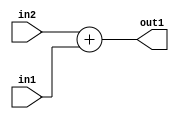
`timescale 1ps / 1ps
/*****************************************************************************
    Verilog RTL Description
    
    
    Created by: Stratus DpOpt 2019.1.01 
*******************************************************************************/

module ColorTransform_Add_19Ux16U_19U_1 (
	in2,
	in1,
	out1
	); /* architecture "behavioural" */ 
input [18:0] in2;
input [15:0] in1;
output [18:0] out1;
wire [18:0] asc001;

assign asc001 = 
	+(in2)
	+(in1);

assign out1 = asc001;
endmodule

/* CADENCE  ubHzTQw= : u9/ySgnWtBlWxVPRXgAZ4Og= ** DO NOT EDIT THIS LINE ******/